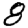
Digit: 8